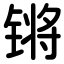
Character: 锵